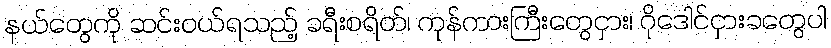
နယ်တွေကို ဆင်းဝယ်ရသည့် ခရီးစရိတ်၊ ကုန်ကားကြီးတွေငှား၊ ဂိုဒေါင်ငှားခတွေပါ